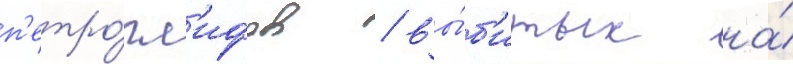
п'етро́гл'ифов / вы́б'итых на́